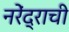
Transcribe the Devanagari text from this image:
नरेंद्राची